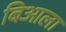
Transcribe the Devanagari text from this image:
बिआला